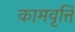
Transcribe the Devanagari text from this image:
कामवृत्ति